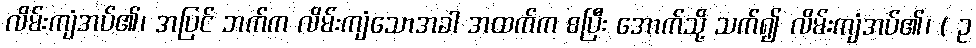
လိမ်းကျံအပ်၏၊ အပြင် ဘက်က လိမ်းကျံသောအခါ အထက်က စပြီး အောက်သို့ သက်၍ လိမ်းကျံအပ်၏၊ ( ဥ